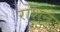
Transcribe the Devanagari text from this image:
रोशने